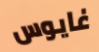
غايوس